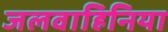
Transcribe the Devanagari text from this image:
जलवाहिनिया